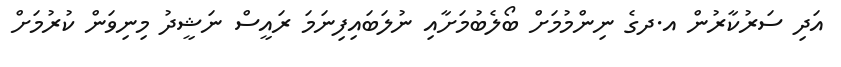
އަދި ސަރުކާރުން އ.ދގެ ނިންމުމަށް ބޯލެބުމަށާއި ނުލަބައިފިނަމަ ރައީސް ނަޝީދު މިނިވަން ކުރުމަށް